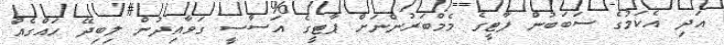
އަދި އެކަމުގެ ސަބަބުން ޕާޓީގެ މެމްބަރުންނަށް ޕާޓީގެ އަސާސީ ގަވާއިދުން ލިބިދޭ ހައްގެއް